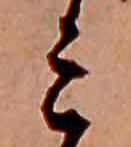
ミ